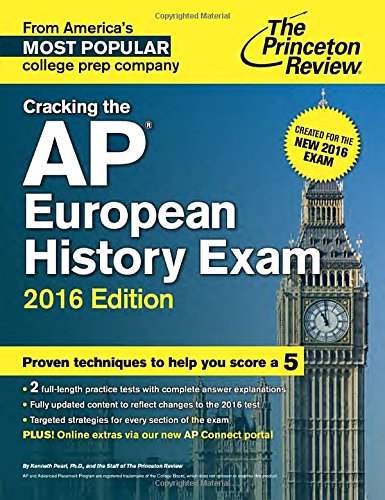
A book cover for Cracking the AP European History Exam, 2016 Edition: Created for the New 2016 Exam (College Test Preparation); Princeton Review; Test Preparation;